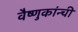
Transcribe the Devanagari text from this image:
वैष्णुकांन्ची